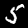
Label: 5